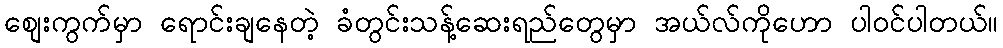
စျေးကွက်မှာ ရောင်းချနေတဲ့ ခံတွင်းသန့်ဆေးရည်တွေမှာ အယ်လ်ကိုဟော ပါဝင်ပါတယ်။